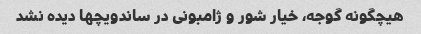
هیچگونه گوجه، خیار شور و ژامبونی در ساندویچها دیده نشد